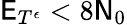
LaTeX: \mathsf{E}_{T^{\epsilon}}<8\mathsf{N}_{0}